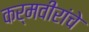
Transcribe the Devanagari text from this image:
कर्मवीरांचे